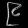
Digit: ၉